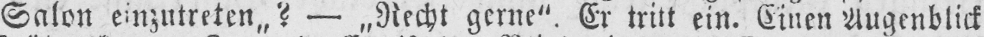
Salon einzutreten,,? - „Recht gerne“. Er tritt ein. Einen Augenblick